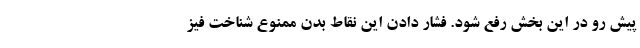
پیش رو در این بخش رفع شود. فشار دادن این نقاط بدن ممنوع شناخت فیز